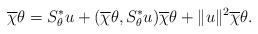
LaTeX: \begin{align*}\overline\chi\theta=S_\theta^\ast u +(\overline\chi\theta,S_\theta^\ast u)\overline\chi\theta+\|u\|^2\overline\chi\theta. \end{align*}